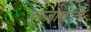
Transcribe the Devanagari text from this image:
बुरुजाखाली